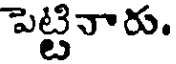
పెట్టినారు.